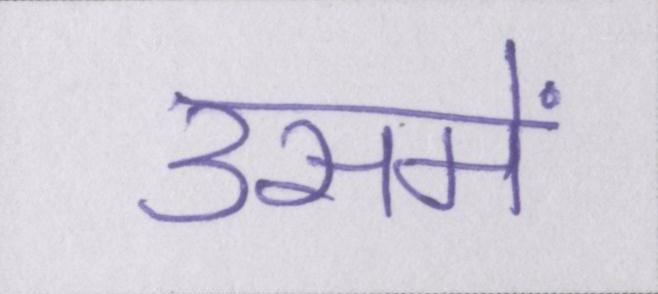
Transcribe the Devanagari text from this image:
उसमें